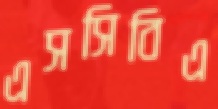
এসসিবিএ